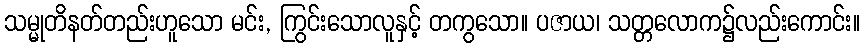
သမ္မုတိနတ်တည်းဟူသော မင်း, ကြွင်းသောလူနှင့် တကွသော။ ပဇာယ၊ သတ္တလောက၌လည်းကောင်း။